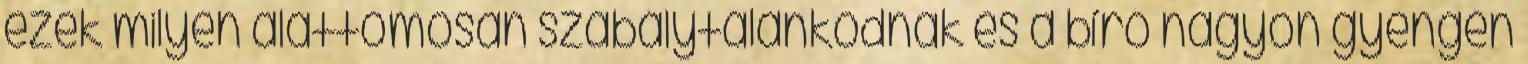
ezek milyen alattomosan szabálytalankodnak és a bíró nagyon gyengén